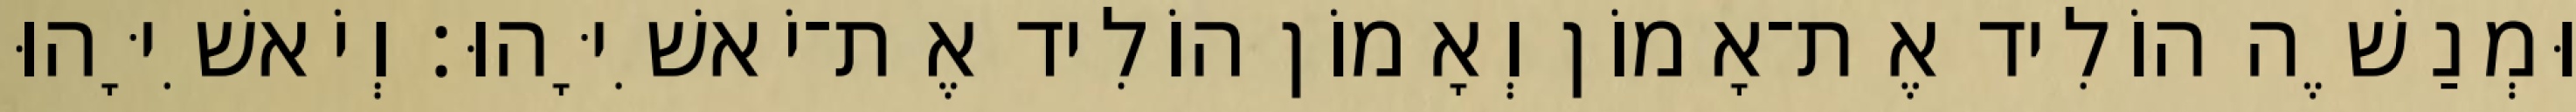
וּמְנַשֶׁה הוֹלִיד אֶת־אָמוֹן וְאָמוֹן הוֹלִיד אֶת־יֹאשִׁיָּהוּ׃ וְיֹאשִׁיָּהוּ